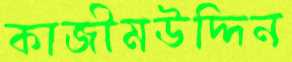
কাজীমউদ্দিন